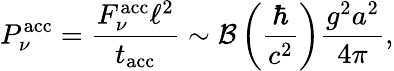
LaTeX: P_{\nu}^{\mathrm{acc}}=\frac{F_{\nu}^{\mathrm{acc}}\ell^{2}}{t_{\mathrm{acc}}}\sim{\cal B}\left(\frac{\hbar}{c^{2}}\right)\frac{g^{2}a^{2}}{4\pi},